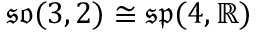
{ \mathfrak { s o } } ( 3 , 2 ) \cong { \mathfrak { s p } } ( 4 , \mathbb { R } )